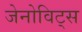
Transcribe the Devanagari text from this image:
जेनोविट्स